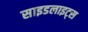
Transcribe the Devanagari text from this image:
साइडलाइट्स